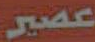
عصير